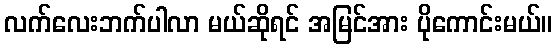
လက်လေးဘက်ပါလာ မယ်ဆိုရင် အမြင်အား ပိုကောင်းမယ်။